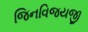
જિનવિજયજી